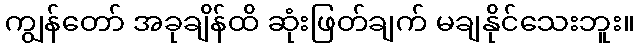
ကျွန်တော် အခုချိန်ထိ ဆုံးဖြတ်ချက် မချနိုင်သေးဘူး။